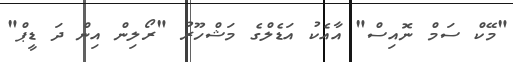
"މޭކް ސަމް ނޮއިސް" އާއެކު އަޑެލްގެ މަޝްހޫރު "ރޯލިން އިން ދަ ޑީޕް"